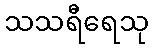
သသရီရေသု